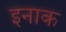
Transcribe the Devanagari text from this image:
इनाक